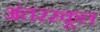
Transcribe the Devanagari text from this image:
अंतरस्कूल